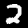
Digit: 2